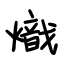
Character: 熾